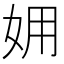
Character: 𡛾